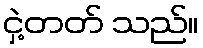
ငှဲ့တတ် သည်။